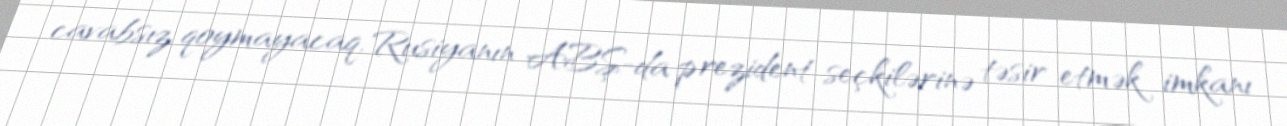
cavabsız qoymayacaq, Rusiyanın ABŞ-da prezident seçkilərinə təsir etmək imkanı